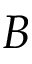
B